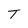
Character: T